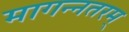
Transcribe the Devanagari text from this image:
मागन्नतरम्